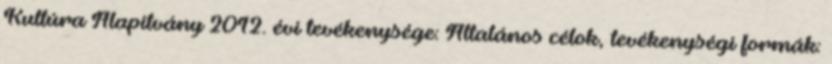
Kultúra Alapítvány 2012. évi tevékenysége: Általános célok, tevékenységi formák: